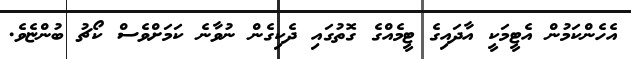
އެހެންކަމުން އެޓީމަކީ އާދައިގެ ޓީމެއްގެ ގޮތުގައި ދެކިގެން ނުވާނެ ކަމަށްވެސް ކޯޗު ބުންޏެވެ.